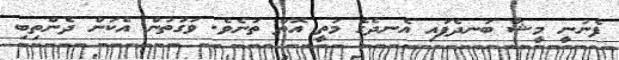
ފެނުނީ މީޝާ ބަނދެފައި އެނދެގެ މަތީ އޮތް ތަނެވެ. ވަގުތުން އެކަން ދެންތިބި